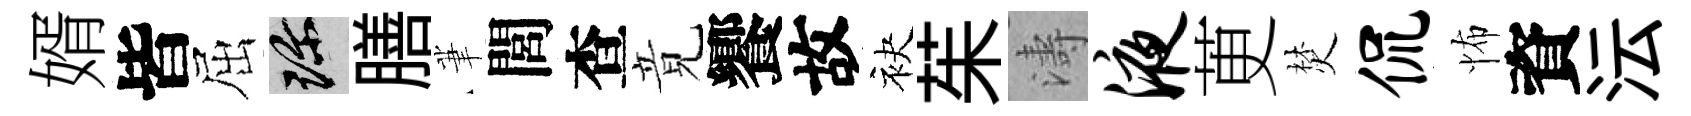
婿皆屈珍膳茟閭查竟饗故袂茱濤液茰焚侃怖資沄